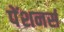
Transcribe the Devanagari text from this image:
पेंशनर्स